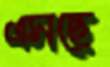
এসছে